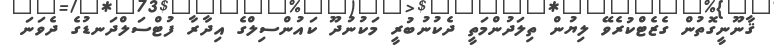
ޤާނޫނީގޮތުން ގެޒެޓްކުރެވޭ ލިޔުން ތިލަދުންމަތީ ދެކުނުބުރީ މަކުނުދޫ ކައުންސިލްގެ އިދާރާ ފުޓްސަލްދަނޑުގެ ދެވަނަ